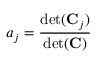
a _ { j } = \frac { \operatorname* { d e t } ( \mathbf { C } _ { j } ) } { \operatorname* { d e t } ( \mathbf { C } ) }